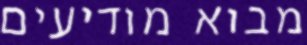
מבוא מודיעים